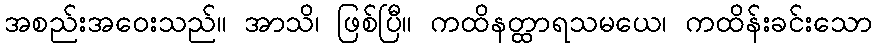
အစည်းအဝေးသည်။ အာသိ၊ ဖြစ်ပြီ။ ကထိနတ္ထာရသမယေ၊ ကထိန်းခင်းသော